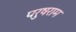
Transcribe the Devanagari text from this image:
परुषराम